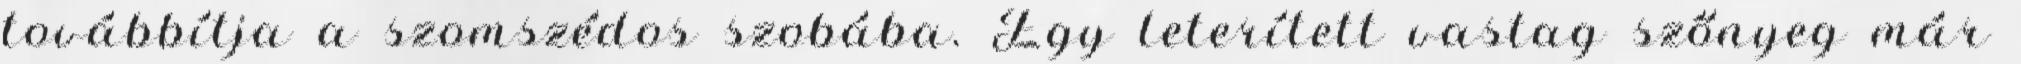
továbbítja a szomszédos szobába. Egy leterített vastag szőnyeg már